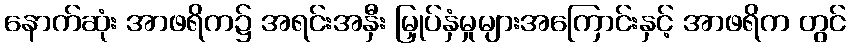
နောက်ဆုံး အာဖရိက၌ အရင်းအနှီး မြှုပ်နှံမှုများအကြောင်းနှင့် အာဖရိက တွင်